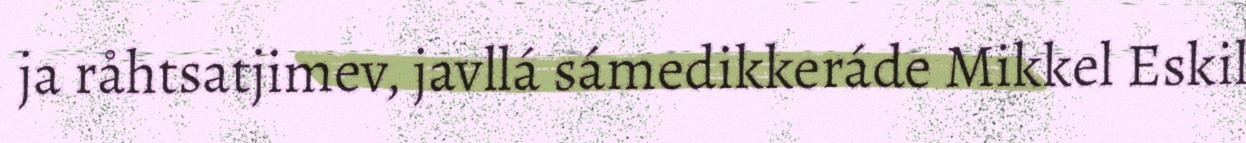
ja råhtsatjimev, javllá sámedikkeráde Mikkel Eskil